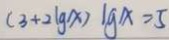
( 3 + 2 \lg x ) \lg x = 5